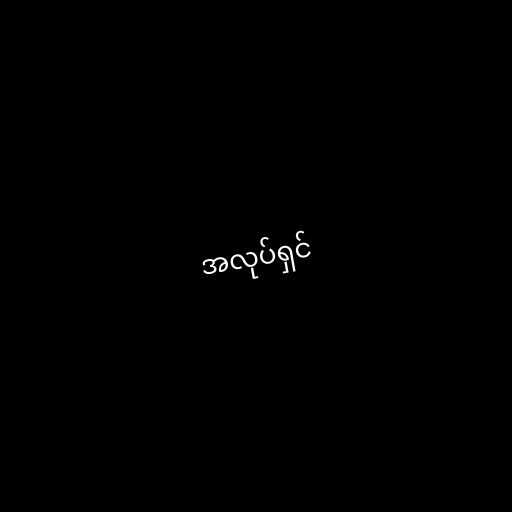
အလုပ်ရှင်